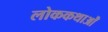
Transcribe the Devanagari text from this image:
लोककथाओँ